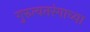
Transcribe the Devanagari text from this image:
गुरुत्वतरंगाच्या